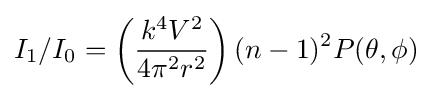
I_{1}/I_{0}=\left({\frac {k^{4}V^{2}}{4\pi ^{2}r^{2}}}\right)(n-1)^{2}P(\theta ,\phi )